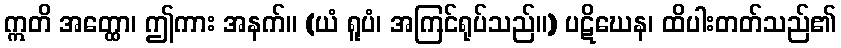
ဣတိ အတ္ထော၊ ဤကား အနက်။ (ယံ ရူပံ၊ အကြင်ရုပ်သည်။) ပဋိဃေန၊ ထိပါးတတ်သည်၏